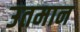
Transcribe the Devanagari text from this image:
उतमान